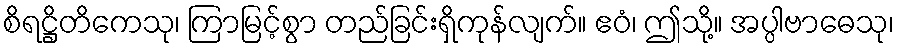
စိရဋ္ဌိတိကေသု၊ ကြာမြင့်စွာ တည်ခြင်းရှိကုန်လျက်။ ဧဝံ၊ ဤသို့။ အပ္ပါဗာဓေသု၊